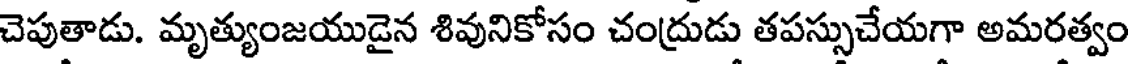
చెపుతాడు. మృత్యుంజయుడైన శివునికోసం చంద్రుడు తపస్సుచేయగా అమరత్వం